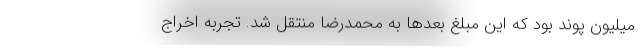
میلیون پوند بود که این مبلغ بعدها به محمدرضا منتقل شد. تجربه‌ اخراج